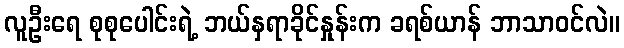
လူဦးရေ စုစုပေါင်းရဲ့ ဘယ်နှရာခိုင်နှုန်းက ခရစ်ယာန် ဘာသာဝင်လဲ။